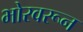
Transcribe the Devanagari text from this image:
भोरवरून